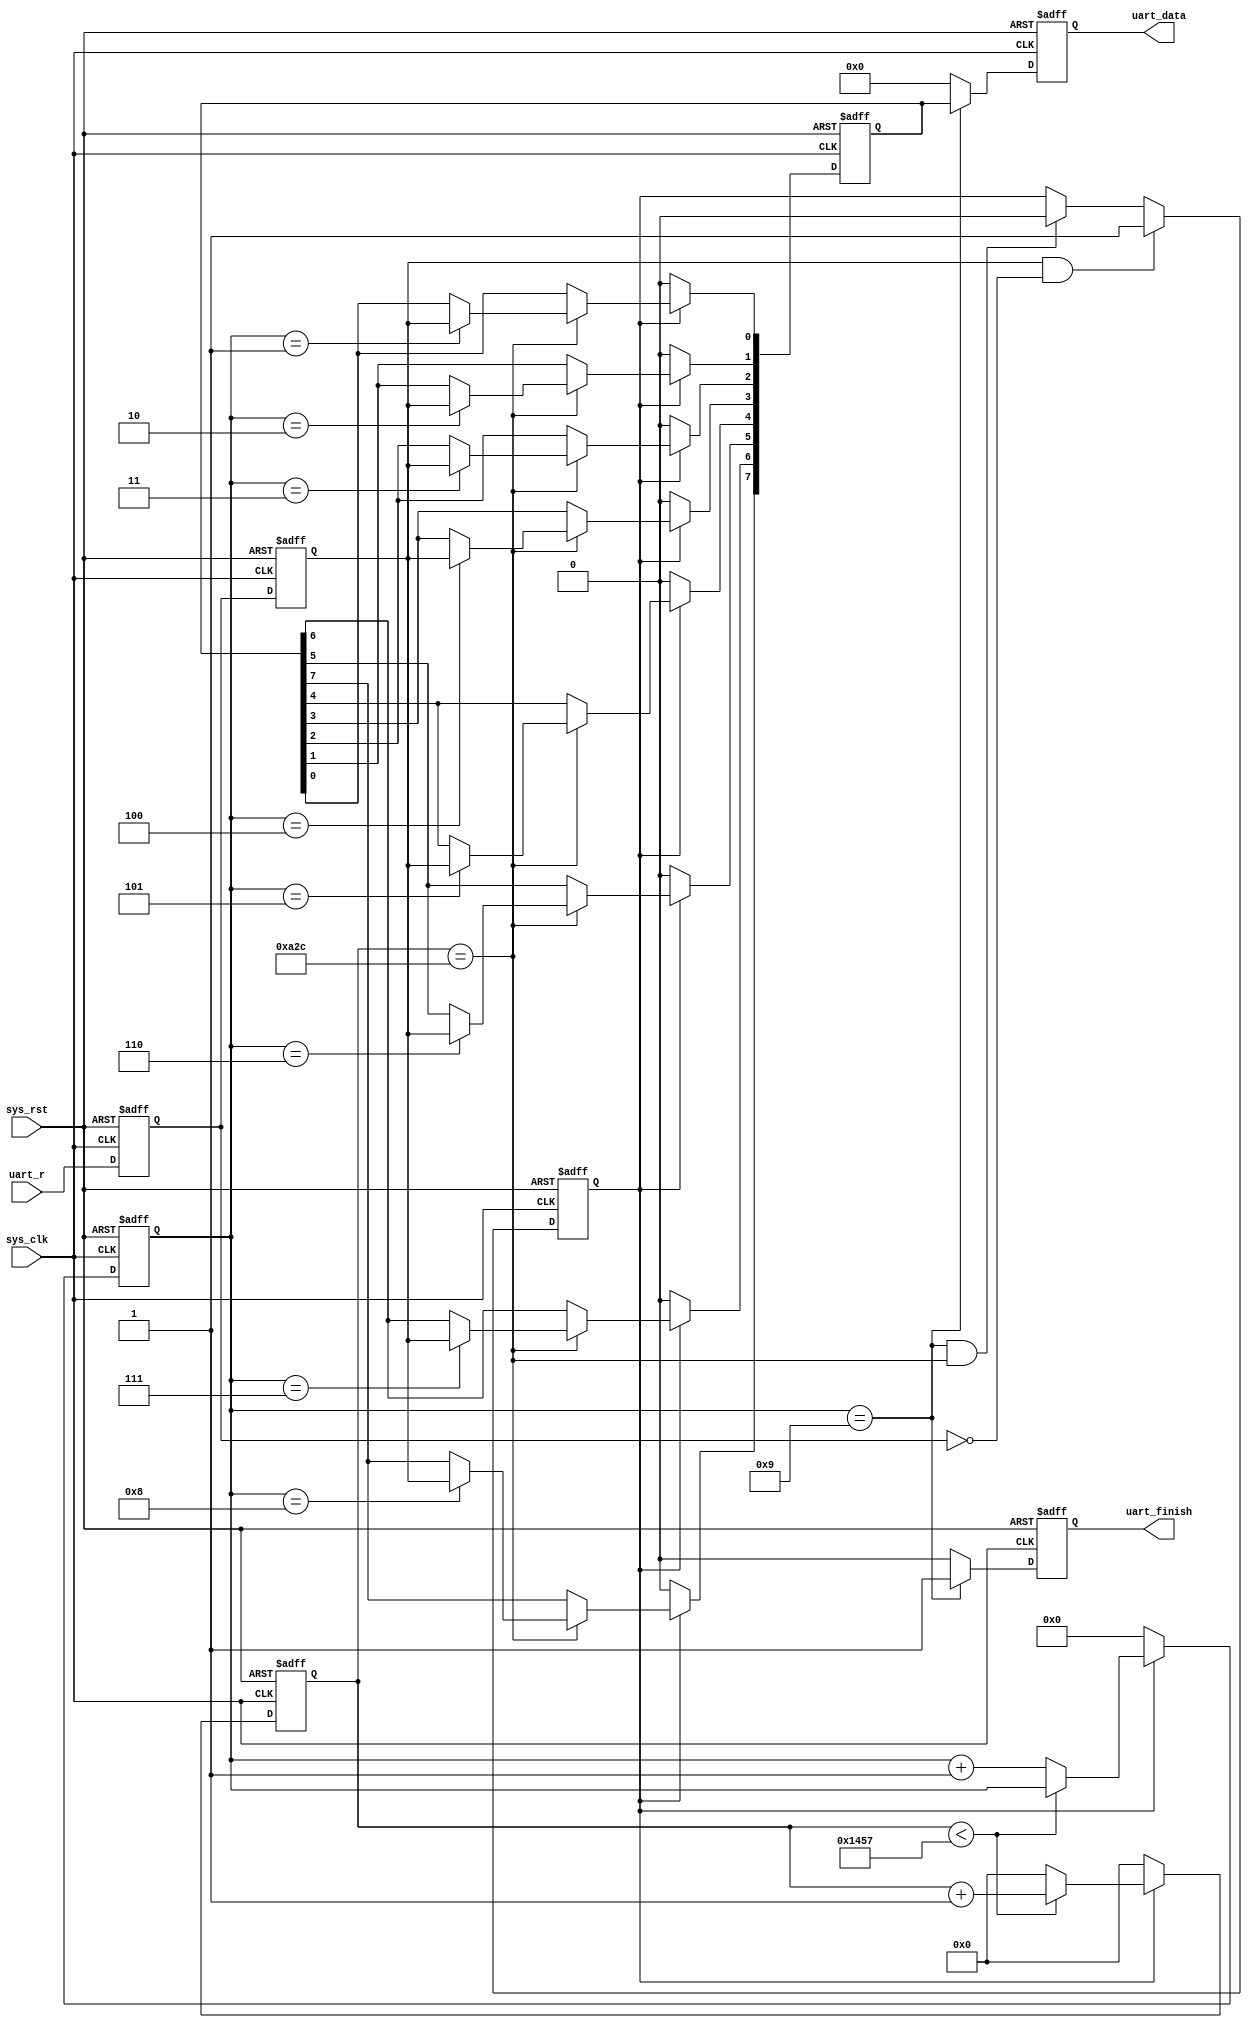
/*
25/06/2021
written by Zyy Zhou (22670661)
used for UWA unit ELEC5552 design2  fir filter desin
to communicate with laptop and load coefficients
*/

module uart_receive (
	input				sys_clk,
	input				sys_rst,
	input          uart_r,  //uart receive interface
	
	output    reg         uart_finish,  //to tell the sender that a frame has been fully received
	output    reg  [7:0]  uart_data
);

//parameter define 
parameter CLK_FRE = 50000000;  //frequency of the system
parameter UART_BPS = 9600; //Bit rate of the interface
localparam BPS_CNT =CLK_FRE/UART_BPS;  //how many clock period per bit

//reg define
reg     [7:0]     data_r; //8 bit data signal in a frame. use to temporarily store the received data
reg               flag_r; //indicate receiving the signal
reg     [3:0]     count_data_r; //count how many data received. 1'd8=4'b1000, thus 4 bits needed
reg     [15:0]    count_clk; //count the clock

reg               uart_r_0;
reg               uart_r_1; //uart_r_1 and 0 are used to detect edge of the input signal

//wire define
wire              start_flag; //signal indicating that an edge is detect and data transmission shall start

//*************************************************************
//                 main code
//*************************************************************
//the start_flag signal should be 1 when a negedge of the input signal is detected
//when the input signal is 0 at the moment and the signal in last two clk duration 
//is 1, the start flag should be one
assign  start_flag = uart_r_1 & (~uart_r_0); 

//delay the uart_r_1 signal as 2 clk duration
always @(posedge sys_clk or negedge sys_rst) begin
	if (!sys_rst)	begin
		uart_r_1 <= 1'b0;
		uart_r_0 <= 1'b0;
	end
	else begin
		uart_r_0 <= uart_r;
		uart_r_1 <= uart_r_0; //non blocking assignment uart_r_1 will be lagging
	end
end

always @(posedge sys_clk or negedge sys_rst) begin
	if (!sys_rst) begin
		flag_r <= 1'b0; //if rst pressed, the system is not receiving any signal
	end
	else begin
		if (start_flag == 1'b1) begin //if a falling edge is detected
			flag_r <= 1'b1; //start receiving
		end
		else if ((count_data_r == 4'd9)&&(count_clk==BPS_CNT/2)) //if 9 data is read and in the middle of this duration
			flag_r <= 1'b0;
		else
			flag_r <= flag_r;
	end
end

//when start reading, start counting the data bit number and the clk number
always @(posedge sys_clk or negedge sys_rst) begin
	if (!sys_rst) begin
		count_clk <= 16'd0;
		count_data_r <= 4'd0; //reset the counter
	end
	else if (flag_r == 1'b1) begin
		if(count_clk < BPS_CNT-1) begin //still receiving
			count_clk <= count_clk + 1'b1;
			count_data_r <= count_data_r;  //receiving this bit
			//the first falling edge is the start signal so count_data_r does not have to recive data
		end
		else begin
			count_clk <= 16'd0;
			count_data_r <= count_data_r + 1;// receiving next data
		end
	end
	else begin //not receiving
		count_clk <= 16'd0;
		count_data_r <= 4'd0; //reset the counter
	end
end

//receive the signal and store it in a register (signal data_r)
always @(posedge sys_clk or negedge sys_rst) begin
	if (!sys_rst)
		data_r <= 8'b0;  //reset the register 
	else if (flag_r) //if receiving
		if (count_clk == BPS_CNT/2) begin //the data will be most stable in the middle time of the bit
			case (count_data_r) //in which bit reciving?
				4'd1  :   data_r [0] <= uart_r_1; //start from 4'd1, 4'd0 is start bit and no data transmitted.
				4'd2  :   data_r [1] <= uart_r_1;
				4'd3  :   data_r [2] <= uart_r_1;
				4'd4  :   data_r [3] <= uart_r_1;
				4'd5  :   data_r [4] <= uart_r_1;
				4'd6  :   data_r [5] <= uart_r_1;
				4'd7  :   data_r [6] <= uart_r_1;
				4'd8  :   data_r [7] <= uart_r_1;
				default:;
			endcase
		end
		else data_r <= data_r;
	else
		data_r <= 8'b0; //clear signal if not receiving
end

//after receiving the signal, pump it to the output
always @(posedge sys_clk or negedge sys_rst) begin
	if (!sys_rst) begin
		uart_data <= 8'd0;
		uart_finish <= 1'd0; 
	end
	else if (count_data_r == 4'd9) begin //if end reading a frame
		uart_data <= data_r; //assign the signal to the output
		uart_finish <= 1'd1; //indicates that a frame is read
	end
	else begin
		uart_data <= 8'd0;
		uart_finish <= 1'd0; //no data and no enable signal output
	end
end

endmodule